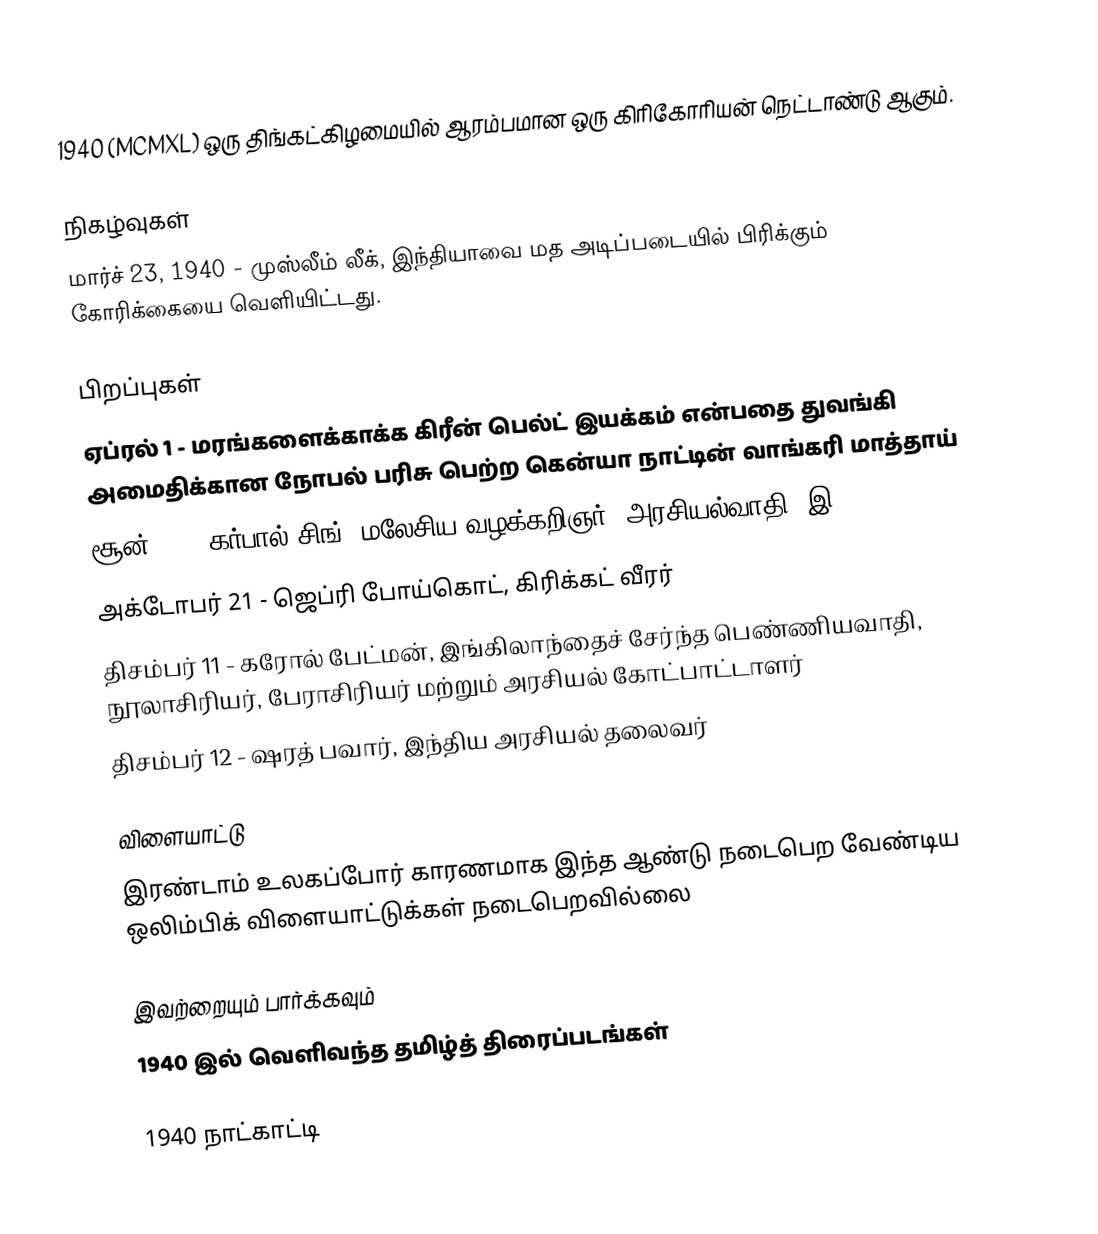
1940  (MCMXL) ஒரு திங்கட்கிழமையில் ஆரம்பமான ஒரு கிரிகோரியன் நெட்டாண்டு ஆகும்.

நிகழ்வுகள்
 மார்ச் 23, 1940 - முஸ்லீம் லீக், இந்தியாவை மத அடிப்படையில் பிரிக்கும் கோரிக்கையை வெளியிட்டது.

பிறப்புகள்
 ஏப்ரல் 1 - மரங்களைக்காக்க கிரீன் பெல்ட் இயக்கம் என்பதை துவங்கி அமைதிக்கான நோபல் பரிசு பெற்ற கென்யா நாட்டின் வாங்கரி மாத்தாய்
 சூன் 28 - கர்பால் சிங், மலேசிய வழக்கறிஞர், அரசியல்வாதி (இ. 2014)
 அக்டோபர் 21 - ஜெப்ரி போய்கொட், கிரிக்கட் வீரர்
 திசம்பர் 11 - கரோல் பேட்மன், இங்கிலாந்தைச் சேர்ந்த பெண்ணியவாதி, நூலாசிரியர், பேராசிரியர் மற்றும் அரசியல் கோட்பாட்டாளர்
 திசம்பர் 12 - ஷரத் பவார், இந்திய அரசியல் தலைவர்

விளையாட்டு
 இரண்டாம் உலகப்போர் காரணமாக இந்த ஆண்டு நடைபெற வேண்டிய ஒலிம்பிக் விளையாட்டுக்கள் நடைபெறவில்லை

இவற்றையும் பார்க்கவும்
 1940 இல் வெளிவந்த தமிழ்த் திரைப்படங்கள்

1940 நாட்காட்டி